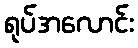
ရုပ်အလောင်း